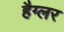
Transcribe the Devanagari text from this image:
हैग्लर